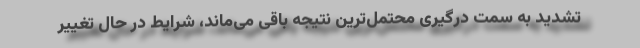
تشدید به سمت درگیری محتمل‌ترین نتیجه باقی می‌ماند، شرایط در حال تغییر